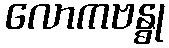
လောကဗန္ဓု